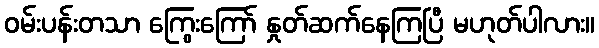
ဝမ်းပန်းတသာ ကြွေးကြော် နှုတ်ဆက်နေကြပြီ မဟုတ်ပါလား။